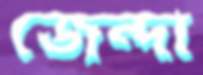
জেন্দা